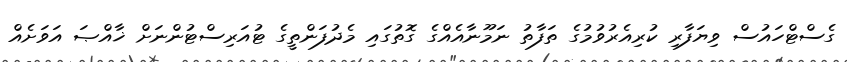
ގެސްޓްހައުސް ވިޔަފާރި ކުރިއެރުވުމުގެ ތަފާތު ނަމޫނާއެއްގެ ގޮތުގައި މެދުފަންތީގެ ޓުއަރިސްޓުންނަށް ޚާއްޞަ އަވަށެއް